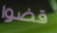
قضوا